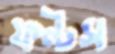
ফন্টস